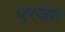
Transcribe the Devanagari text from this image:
परजत